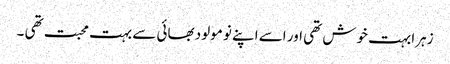
زہرا بہت خوش تھی اور اسے اپنے نو مولود بھائی سے بہت محبت تھی ۔